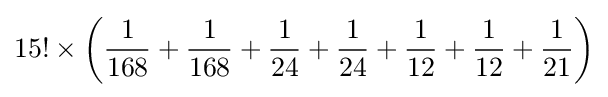
15!\times \left({\frac {1}{168}}+{\frac {1}{168}}+{\frac {1}{24}}+{\frac {1}{24}}+{\frac {1}{12}}+{\frac {1}{12}}+{\frac {1}{21}}\right)